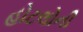
હોટલોની